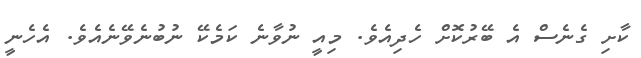
ކާށި ގެނެސް އެ ބޭރުކޮށް ހެދިއެވެ. މިއީ ނުވާނެ ކަމެކޭ ނުބުނެވޭނެއެވެ. އެހެނީ